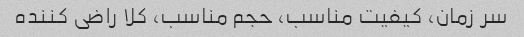
سر زمان، کیفیت مناسب، حجم مناسب، کلا راضی کننده